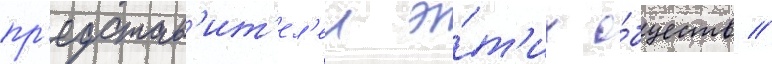
пр'едстав'ит'ел'еи э́т'их о́бществ //